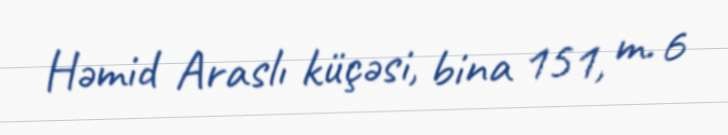
Həmid Araslı küçəsi, bina 151, m. 6